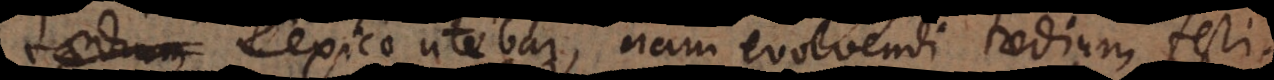
taedium Lexico utebar, nam evolvendi taedium fe